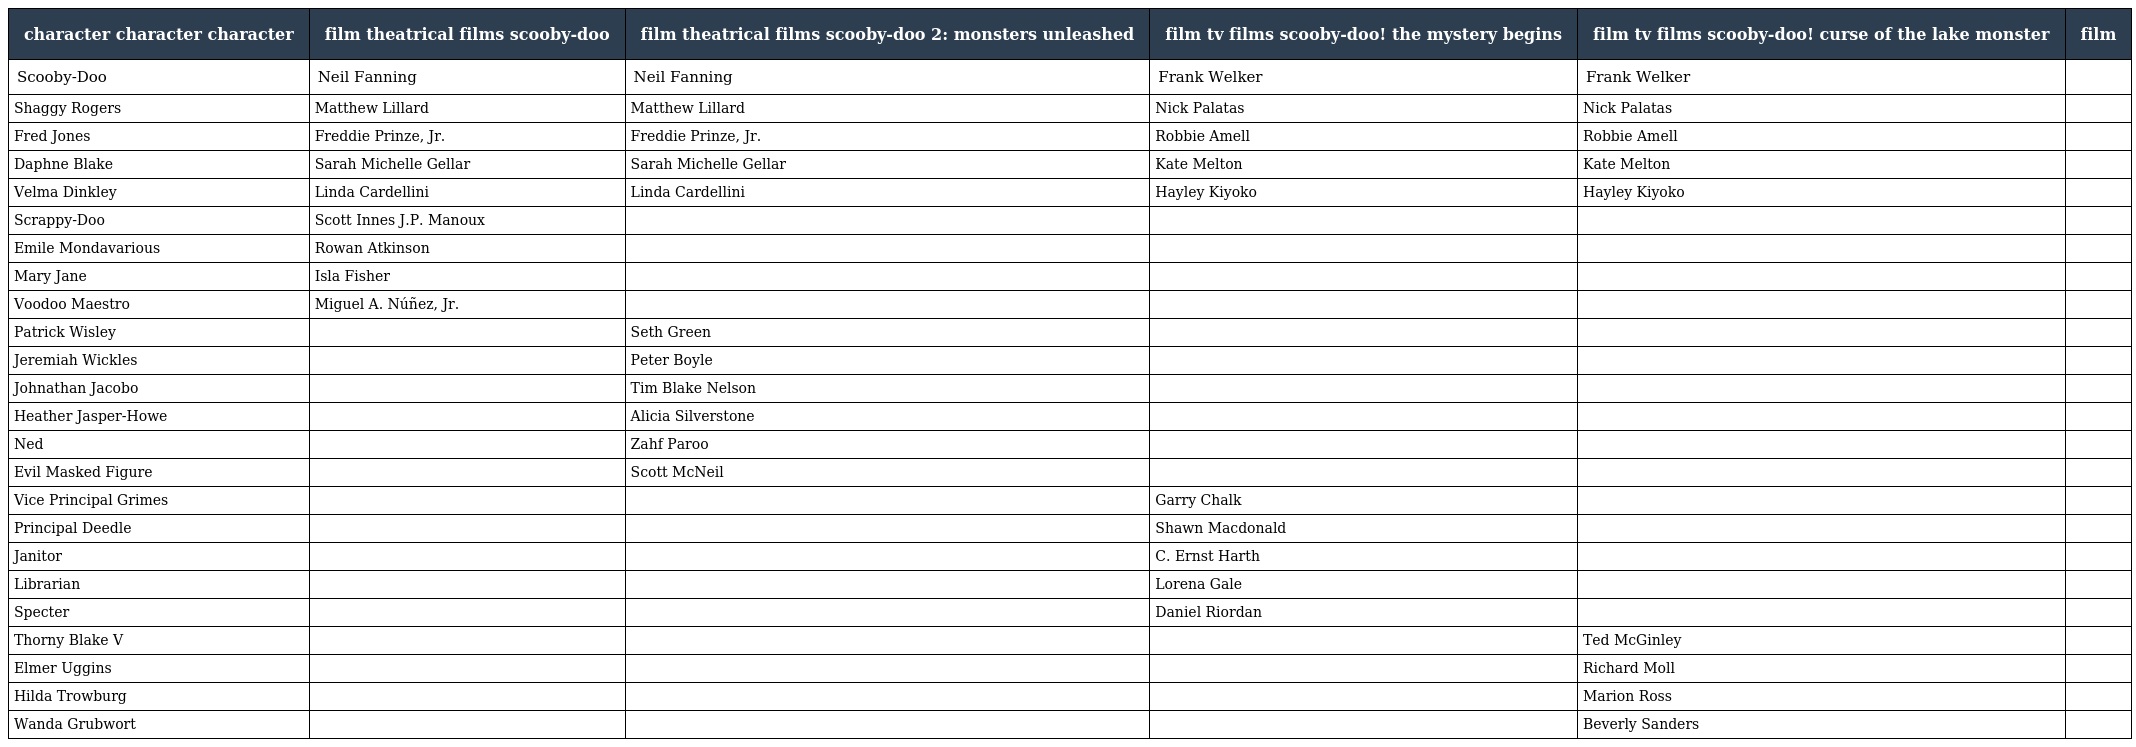
| character character character | film theatrical films scooby-doo | film theatrical films scooby-doo 2: monsters unleashed | film tv films scooby-doo! the mystery begins | film tv films scooby-doo! curse of the lake monster | film |
 | --- | --- | --- | --- | --- | --- |
 | Scooby-Doo | Neil Fanning | Neil Fanning | Frank Welker | Frank Welker |  |
 | Shaggy Rogers | Matthew Lillard | Matthew Lillard | Nick Palatas | Nick Palatas |  |
 | Fred Jones | Freddie Prinze, Jr. | Freddie Prinze, Jr. | Robbie Amell | Robbie Amell |  |
 | Daphne Blake | Sarah Michelle Gellar | Sarah Michelle Gellar | Kate Melton | Kate Melton |  |
 | Velma Dinkley | Linda Cardellini | Linda Cardellini | Hayley Kiyoko | Hayley Kiyoko |  |
 | Scrappy-Doo | Scott Innes J.P. Manoux |  |  |  |  |
 | Emile Mondavarious | Rowan Atkinson |  |  |  |  |
 | Mary Jane | Isla Fisher |  |  |  |  |
 | Voodoo Maestro | Miguel A. Núñez, Jr. |  |  |  |  |
 | Patrick Wisley |  | Seth Green |  |  |  |
 | Jeremiah Wickles |  | Peter Boyle |  |  |  |
 | Johnathan Jacobo |  | Tim Blake Nelson |  |  |  |
 | Heather Jasper-Howe |  | Alicia Silverstone |  |  |  |
 | Ned |  | Zahf Paroo |  |  |  |
 | Evil Masked Figure |  | Scott McNeil |  |  |  |
 | Vice Principal Grimes |  |  | Garry Chalk |  |  |
 | Principal Deedle |  |  | Shawn Macdonald |  |  |
 | Janitor |  |  | C. Ernst Harth |  |  |
 | Librarian |  |  | Lorena Gale |  |  |
 | Specter |  |  | Daniel Riordan |  |  |
 | Thorny Blake V |  |  |  | Ted McGinley |  |
 | Elmer Uggins |  |  |  | Richard Moll |  |
 | Hilda Trowburg |  |  |  | Marion Ross |  |
 | Wanda Grubwort |  |  |  | Beverly Sanders |  |